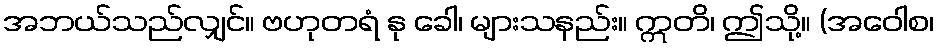
အဘယ်သည်လျှင်။ ဗဟုတရံ နု ခေါ၊ များသနည်း။ ဣတိ၊ ဤသို့။ (အဝေါစ၊